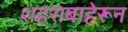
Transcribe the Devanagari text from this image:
शहराबाहेरून